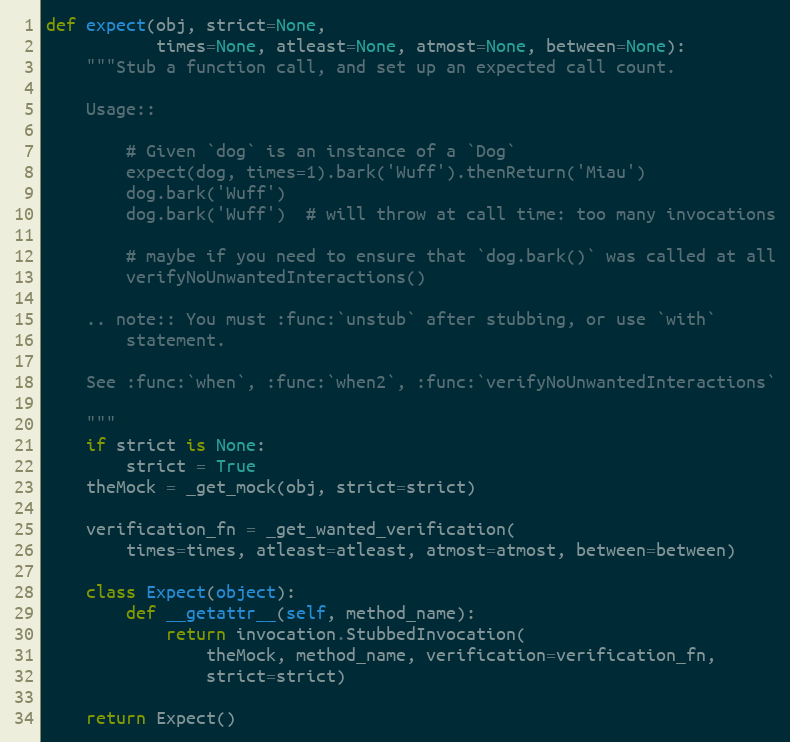
Language: Python
def expect(obj, strict=None,
           times=None, atleast=None, atmost=None, between=None):
    """Stub a function call, and set up an expected call count.

    Usage::

        # Given `dog` is an instance of a `Dog`
        expect(dog, times=1).bark('Wuff').thenReturn('Miau')
        dog.bark('Wuff')
        dog.bark('Wuff')  # will throw at call time: too many invocations

        # maybe if you need to ensure that `dog.bark()` was called at all
        verifyNoUnwantedInteractions()

    .. note:: You must :func:`unstub` after stubbing, or use `with`
        statement.

    See :func:`when`, :func:`when2`, :func:`verifyNoUnwantedInteractions`

    """
    if strict is None:
        strict = True
    theMock = _get_mock(obj, strict=strict)

    verification_fn = _get_wanted_verification(
        times=times, atleast=atleast, atmost=atmost, between=between)

    class Expect(object):
        def __getattr__(self, method_name):
            return invocation.StubbedInvocation(
                theMock, method_name, verification=verification_fn,
                strict=strict)

    return Expect()